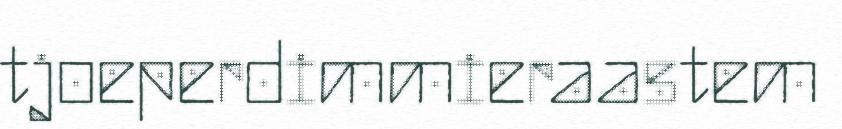
tjoeperdimmieraastem